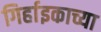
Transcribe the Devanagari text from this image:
गिर्हाइकाच्या